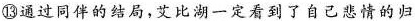
⑬通过同伴的结局，艾比湖一定看到了自己悲情的归